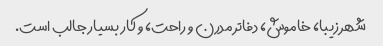
شهر زیبا، خاموش، دفاتر مدرن و راحت، و کار بسیار جالب است.